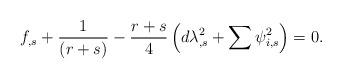
LaTeX: \begin{align*}f_{,s}+\frac{1}{\left(r+s\right)} - \frac{r+s}{4} \left( d \lambda_{,s}^2 +\sum \psi_{i,s}^2 \right) =0. \end{align*}